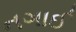
નગાઈ